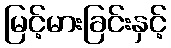
မြင့်မားခြင်းနှင့်